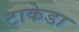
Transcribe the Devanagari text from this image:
टाकेडा